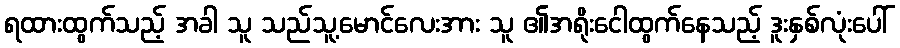
ရထားထွက်သည့် အခါ သူ သည်သူ့မောင်လေးအား သူ ၏အရိုးငေါထွက်နေသည့် ဒူးနှစ်လုံးပေါ်